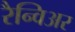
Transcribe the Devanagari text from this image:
रैन्विअर